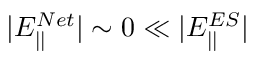
| E _ { | | } ^ { N e t } | \sim 0 \ll | E _ { | | } ^ { E S } |